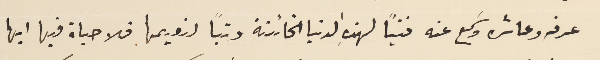
عرفه وعاشره وسَمع عنه فتياً لهذهِ الدنيا الخائنة وتباً لنعيمها فلا حياة فيها ايها